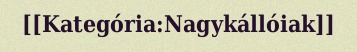
[[Kategória:Nagykállóiak]]